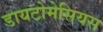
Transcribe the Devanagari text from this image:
डायटोमेसियस